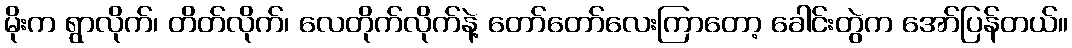
မိုးက ရွာလိုက်၊ တိတ်လိုက်၊ လေတိုက်လိုက်နဲ့ တော်တော်လေးကြာတော့ ခေါင်းတွဲက အော်ပြန်တယ်။